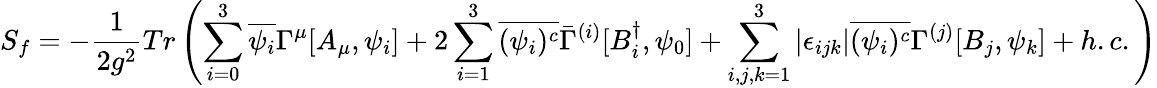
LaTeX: S_{f}=-\frac{1}{2g^{2}}Tr\left(\sum_{i=0}^{3}\overline{{{\psi_{i}}}}\Gamma^{\mu}[A_{\mu},\psi_{i}]+2\sum_{i=1}^{3}\overline{{{(\psi_{i})^{c}}}}\bar{\Gamma}^{(i)}[B_{i}^{\dagger},\psi_{0}]+\sum_{i,j,k=1}^{3}|\epsilon_{ijk}|\overline{{{(\psi_{i})^{c}}}}\Gamma^{(j)}[B_{j},\psi_{k}]+h.c.\right)